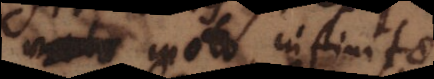
moto, infinitae